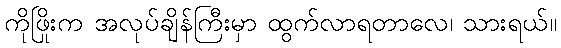
ကိုဖြိုးက အလုပ်ချိန်ကြီးမှာ ထွက်လာရတာလေ၊ သားရယ်။